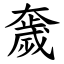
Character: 奯